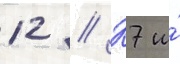
12 // К7 и́